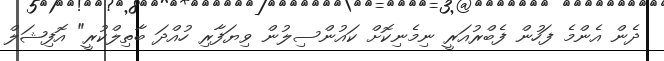
ދެން އެންމެ ފަހުން ފެބްރުއަރީ ނިމެނިކޮށް ކައުންސިލުން ވިޔަފާރި ހުއްދަ ބާތިލްކުރީ" އޮފިޝަލް